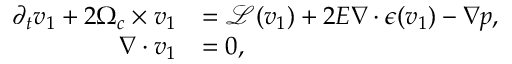
\begin{array} { r l } { \partial _ { t } \boldsymbol { v } _ { 1 } + 2 \boldsymbol { \Omega } _ { c } \times \boldsymbol { v } _ { 1 } } & { = \boldsymbol { \mathcal { L } } ( \boldsymbol { v } _ { 1 } ) + 2 E \nabla \boldsymbol { \cdot } \boldsymbol { \epsilon } ( \boldsymbol { v } _ { 1 } ) - \nabla p , } \\ { \nabla \boldsymbol { \cdot } \boldsymbol { v } _ { 1 } } & { = 0 , } \end{array}